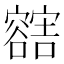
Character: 𲂛